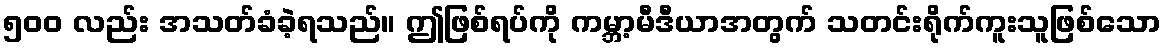
၅၀၀ လည်း အသတ်ခံခဲ့ရသည်။ ဤဖြစ်ရပ်ကို ကမ္ဘာ့မီဒီယာအတွက် သတင်းရိုက်ကူးသူဖြစ်သော